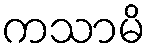
ကသာမိ